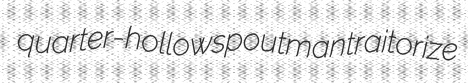
quarter-hollow spoutman traitorize